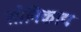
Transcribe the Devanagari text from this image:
सौनिकाद्य